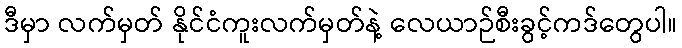
ဒီမှာ လက်မှတ် နိုင်ငံကူးလက်မှတ်နဲ့ လေယာဉ်စီးခွင့်ကဒ်တွေပါ။